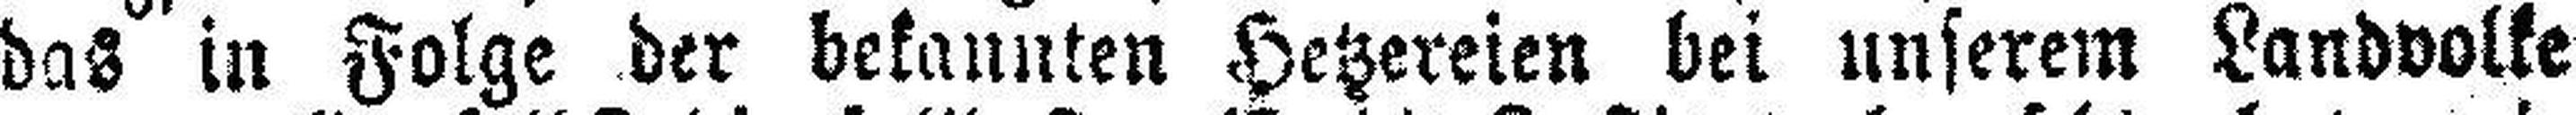
das in Folge der bekannten Hetzereien bei unserem Landvolke